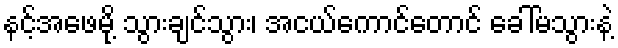
နင့်အဖေမို့ သွားချင်သွား၊ အငယ်ကောင်တောင် ခေါ်မသွားနဲ့